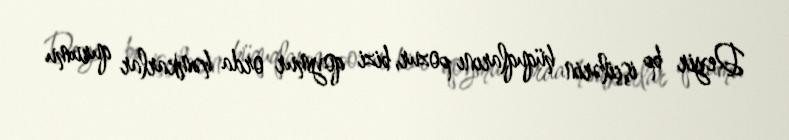
Deyir bp işçilərin hüquqlarını pozur, bizi qoymur orda həmkarlar qurumu